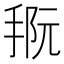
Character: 𪮀